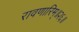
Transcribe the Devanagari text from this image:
रावणारिम्‌॥२६॥